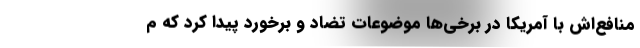
منافع‌اش با آمریکا در برخی‌ها موضوعات تضاد و برخورد پیدا کرد که م